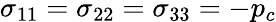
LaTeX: \sigma_{11}=\sigma_{22}=\sigma_{33}=-p_{c}